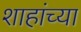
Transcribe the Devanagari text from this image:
शाहांच्या